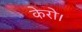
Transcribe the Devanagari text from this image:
केरो।